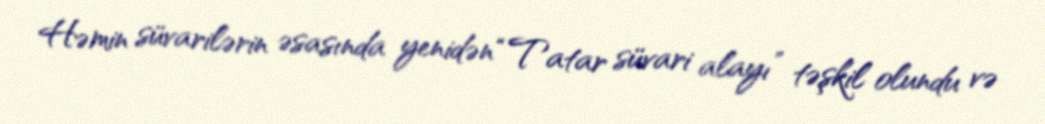
Həmin süvarilərin əsasında yenidən “Tatar süvari alayı” təşkil olundu və